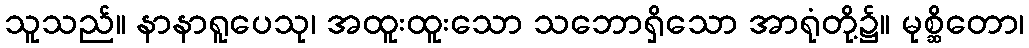
သူသည်။ နာနာရူပေသု၊ အထူးထူးသော သဘောရှိသော အာရုံတို့၌။ မုစ္ဆိတော၊